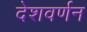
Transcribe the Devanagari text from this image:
देशवर्णन